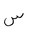
Letter: _sin